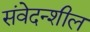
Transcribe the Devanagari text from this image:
संवेदन्शील